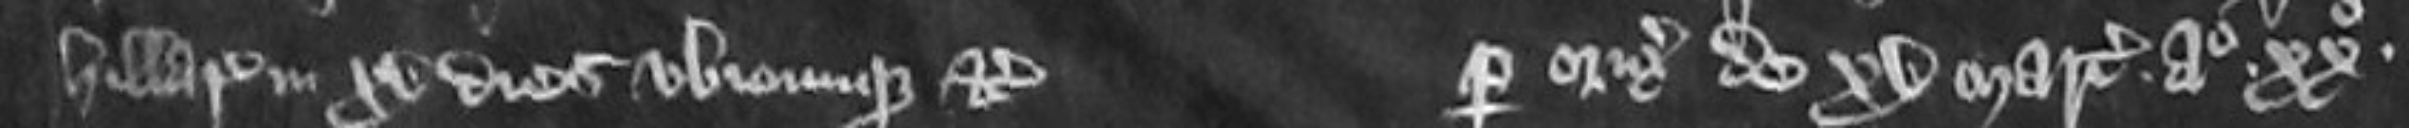
Hilarii in xv dies ubicumque etc  per originalem de xv martis anno xx